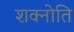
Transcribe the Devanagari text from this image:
शक्नोति